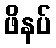
ဖိနပ်